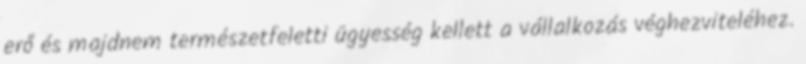
erő és majdnem természetfeletti ügyesség kellett a vállalkozás véghezviteléhez.